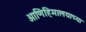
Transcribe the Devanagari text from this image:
आणिहिमालयाच्या